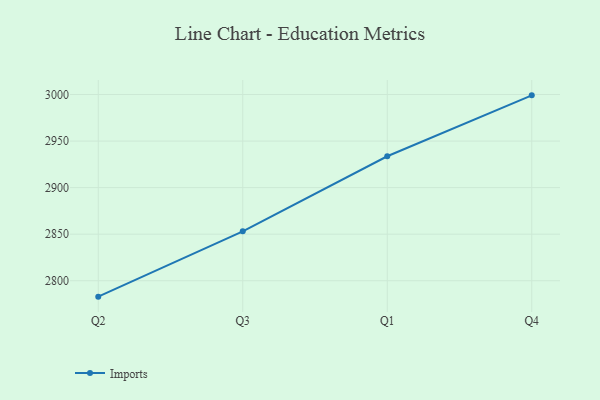
{"axis": {"x": "Quarter", "y": "Operating Costs (USD K)"}, "legend": ["Imports"], "data": [{"x": "Q2", "y": 2782.9, "type": "Imports"}, {"x": "Q3", "y": 2853.1, "type": "Imports"}, {"x": "Q1", "y": 2933.7, "type": "Imports"}, {"x": "Q4", "y": 2999.1, "type": "Imports"}]}